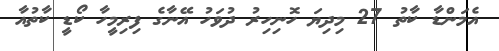
އެމަންޑާ ކާތު 27 މިދިޔަ ހޮނިހިރު ދުވަހު އޭނާގެ ފިރިމީހާ ކޯޑީ ކާތުއާ